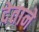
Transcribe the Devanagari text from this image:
देताने